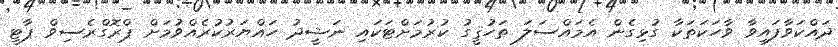
ދައްކަވާފައިވާ ވާހަކަތަކާ ގުޅިގެން އެމައްސަލަ ތަހުޤީގު ކުރުމަށްޓަކައި ނަޝީދު ހައްޔަރުކުރެއްވުމަށް ޕްރޮގްރެސިވް ޕާޓީ